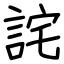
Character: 詫